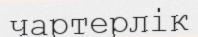
чартерлік